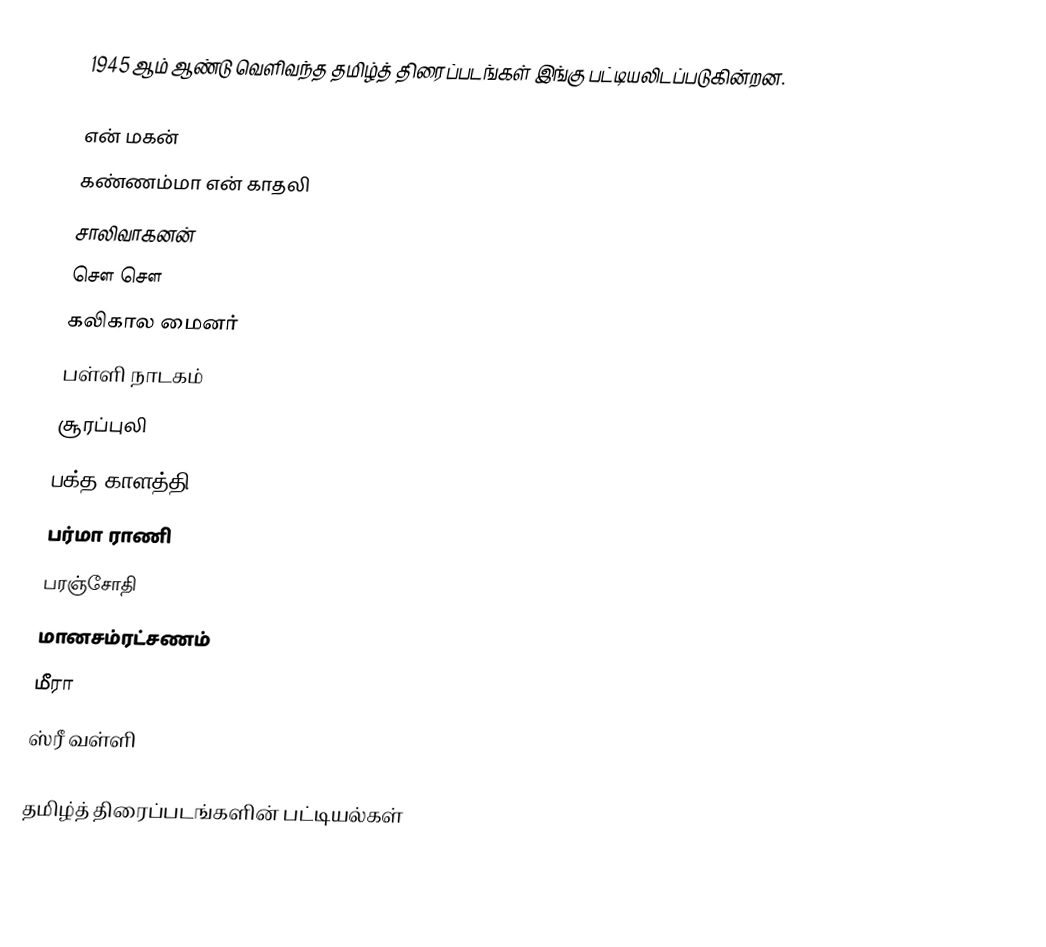
1945 ஆம் ஆண்டு வெளிவந்த தமிழ்த் திரைப்படங்கள் இங்கு பட்டியலிடப்படுகின்றன.

 என் மகன்
 கண்ணம்மா என் காதலி
 சாலிவாகனன்
 சௌ சௌ
 கலிகால மைனர்
 பள்ளி நாடகம்
 சூரப்புலி
 பக்த காளத்தி
 பர்மா ராணி
 பரஞ்சோதி
 மானசம்ரட்சணம்
 மீரா
 ஸ்ரீ வள்ளி

தமிழ்த் திரைப்படங்களின் பட்டியல்கள்